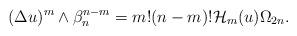
LaTeX: \begin{align*} (\Delta u)^{m}\wedge \beta_n ^{n-m}=m!(n-m)!\mathcal{H}_m(u)\Omega_{2n}. \end{align*}